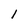
Character: 1